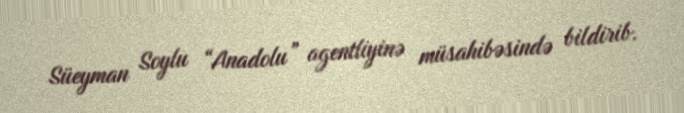
Süeyman Soylu “Anadolu” agentliyinə müsahibəsində bildirib.